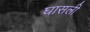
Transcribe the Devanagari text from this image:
घासली